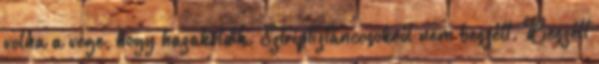
volna a vége, hogy hazaküldik. Sztriptíztáncosokról nem beszélt. Beszélt